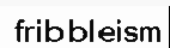
fribbleism